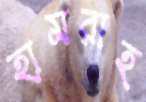
হামরাহ